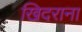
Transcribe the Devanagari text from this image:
खिदराना